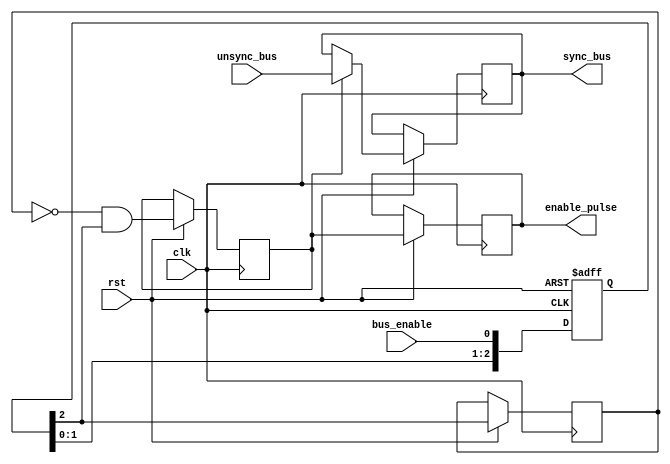
module Data_sync

#(

parameter BUS_WIDTH = 8,
parameter NUM_STAGES = 3
)

(

input           wire [BUS_WIDTH-1:0] unsync_bus,
input           wire bus_enable,
input           wire clk,
input           wire rst, 

output           reg [BUS_WIDTH-1:0]sync_bus,
output           reg  enable_pulse 


);


reg [NUM_STAGES-1:0] Multi_flop;
wire out_multi_flop;
reg register_pulse;
reg pulse_gen;
reg [BUS_WIDTH-1:0]out_mux;



always @(posedge clk , negedge rst) begin
    
if(!rst)

begin 

Multi_flop <= 0;

end 

else 

begin 

Multi_flop <= {Multi_flop[NUM_STAGES-2:0],bus_enable};

register_pulse <= out_multi_flop;
pulse_gen <= (~register_pulse & out_multi_flop);
enable_pulse <= pulse_gen;
sync_bus <= out_mux;
end 


end


assign out_multi_flop = Multi_flop[NUM_STAGES-1'b1];

always @ (*)

begin 

if(pulse_gen)

begin 

out_mux = unsync_bus;



end 


else

begin 

out_mux = sync_bus;

end 






end 

endmodule